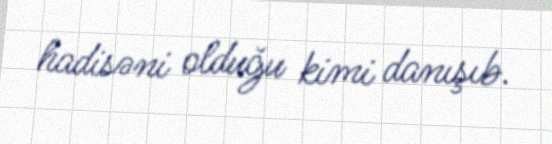
hadisəni olduğu kimi danışıb.